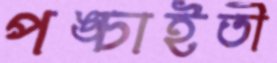
পঙ্চাইতী